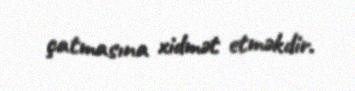
çatmasına xidmət etməkdir.